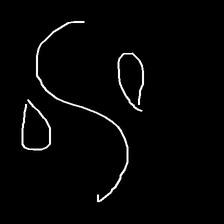
Glyph: water